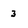
Character: 3